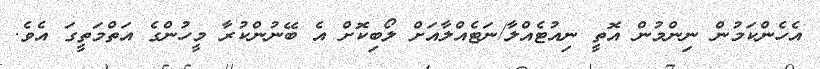
އެހެންކަމުން ނިންމުން އޮތީ ނިއުޓެއްލާ/ނަޓެއްލާއަށް ލޯބިކޮށް އެ ބޭނުންކުރާ މީހުންގެ އަތްމަތީގަ އެވެ.